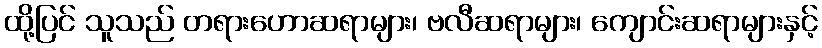
ထို့ပြင် သူသည် တရားဟောဆရာများ၊ ဗလီဆရာများ၊ ကျောင်းဆရာများနှင့်